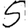
Digit: 5